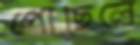
পৌঁছিলে